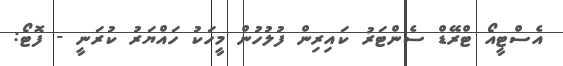
އެސްޓީއޯ ޓްރޭޑް ސެންޓަރު ކައިރިން ފުލުހުން މީހަކު ހައްޔަރު ކުރަނީ - ފޮޓޯ: